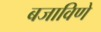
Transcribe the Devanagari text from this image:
बजाविणे